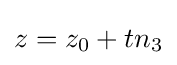
z=z_{0}+tn_{3}